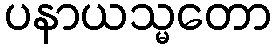
ပနာယသ္မတော